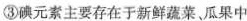
③碘元素主要存在于新鲜蔬菜、瓜果中